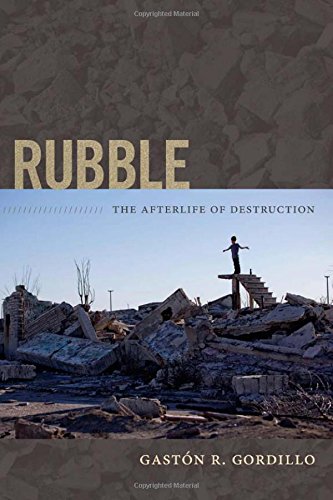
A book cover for Rubble: The Afterlife of Destruction; GastÃ³n R. Gordillo; History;